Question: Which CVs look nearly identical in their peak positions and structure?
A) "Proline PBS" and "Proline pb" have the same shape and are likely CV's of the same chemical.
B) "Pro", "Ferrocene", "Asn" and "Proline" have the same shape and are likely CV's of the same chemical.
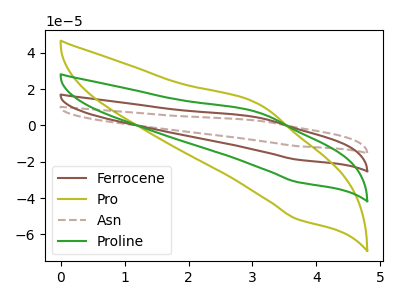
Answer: <think>The brown curve "Ferrocene" has an anodic peak at (3.05V, 14.70uA) and a cathodic peak at (3.70V, -62.20uA). The olive curve "Pro" has an anodic peak at (3.05V, 12.20uA) and a cathodic peak at (3.70V, -51.50uA). The brown dashed curve "Asn" has an anodic peak at (3.05V, 22.05uA) and a cathodic peak at (3.70V, -93.30uA). The green curve "Proline" has an anodic peak at (3.05V, 7.35uA) and a cathodic peak at (3.70V, -31.10uA).
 All the peaks in "Ferrocene" have a peak in "Pro" at the same potential. Every peak in "Ferrocene" is higher than every peak in "Pro". All the peaks in "Ferrocene" have a peak in "Asn" at the same potential. Every peak in "Ferrocene" is lower than every peak in "Asn". All the peaks in "Ferrocene" have a peak in "Proline" at the same potential. Every peak in "Ferrocene" is higher than every peak in "Proline". All the peaks in "Pro" have a peak in "Asn" at the same potential. Every peak in "Pro" is lower than every peak in "Asn". All the peaks in "Pro" have a peak in "Proline" at the same potential. Every peak in "Pro" is higher than every peak in "Proline". All the peaks in "Asn" have a peak in "Proline" at the same potential. Every peak in "Asn" is higher than every peak in "Proline".</think>
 <answer>B) "Pro", "Ferrocene", "Asn" and "Proline" have the same shape and are likely CV's of the same chemical.</answer>
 <eval>B</eval>